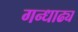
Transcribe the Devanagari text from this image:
गन्धाढ्य